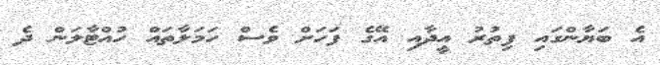
އެ ބަޔާންގައި ފިތުރު އީދާއި އޭގެ ފަހަށް ވެސް ހަމަލާތައް ހުއްޓާލަން ދެ